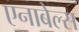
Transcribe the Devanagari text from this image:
एनाबेल्स